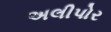
અલીપોર